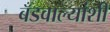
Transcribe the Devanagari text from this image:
बँडवाल्यांशी